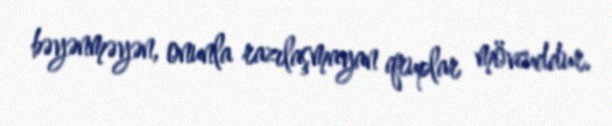
bəyənməyən, onunla razılaşmayan qruplar mövcuddur.